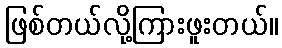
ဖြစ်တယ်လို့ကြားဖူးတယ်။